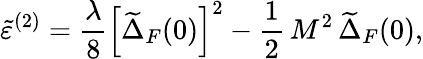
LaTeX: \tilde{\varepsilon}^{(2)}=\frac{\lambda}{8}\left[\widetilde{\Delta}_{F}(0)\right]^{2}-\frac{1}{2}\, M^{2}\, \widetilde{\Delta}_{F}(0),